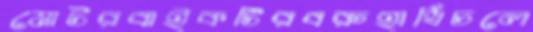
মোটরবাইকটিরবরুহাখিঁচলে